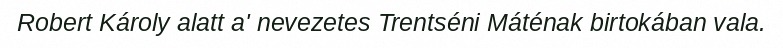
Robert Károly alatt a' nevezetes Trentséni Máténak birtokában vala.